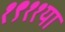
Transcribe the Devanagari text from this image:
१९११या